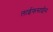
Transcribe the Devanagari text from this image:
लाईफसाईंस